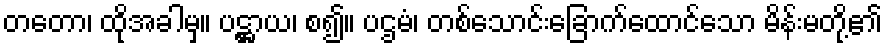
တတော၊ ထိုအခါမှ။ ပဋ္ဌာယ၊ စ၍။ ပဌမံ၊ တစ်သောင်းခြောက်ထောင်သော မိန်းမတို့၏